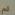
لم